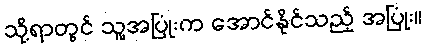
သို့ရာတွင် သူ့အပြုံးက အောင်နိုင်သည့် အပြုံး။